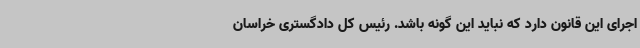
اجرای این قانون دارد که نباید این گونه باشد. رئیس کل دادگستری خراسان‌